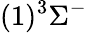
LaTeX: (1)^{3}\Sigma^{-}